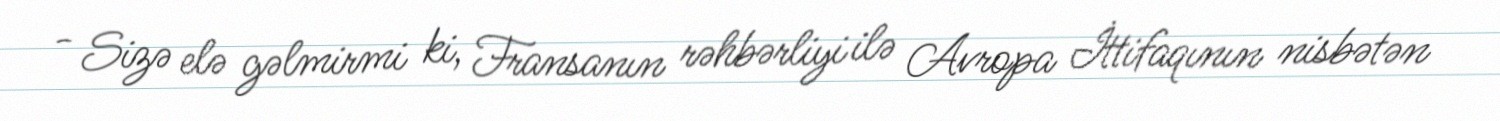
- Sizə elə gəlmirmi ki, Fransanın rəhbərliyi ilə Avropa İttifaqının nisbətən